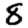
Digit: 8